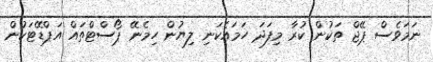
ނަމަވެސް ޕޭޖް ތަކުން ކުރާ މިފަދަ ހަމައެކަނި ލިޔުން ހިމެނޭ ޕޯސްޓްތައް އަޕްޑޭޓަކުން